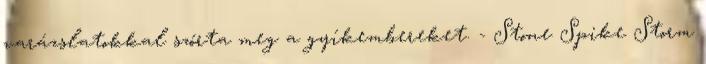
varázslatokkal szórta meg a gyíkembereket. - Stone Spike Storm